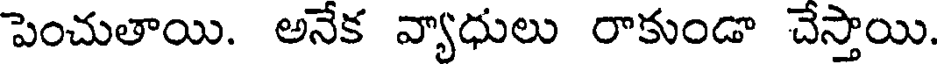
పెంచుతాయి. అనేక వ్యాధులు రాకుండా చేస్తాయి.